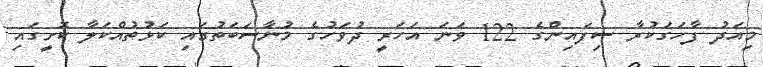
މިއަދު ފާހަގަކުރާ ސިފައިންގެ 122 ވަނަ އަހަރީ ދުވަހުގެ މުނާސަބަތުގައި ކަޅުތުއްކަލާ ކޮށީގައި